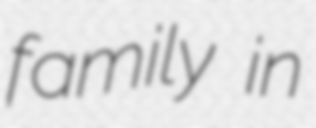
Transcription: family in